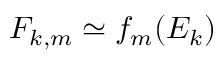
F _ { k , m } \simeq f _ { m } ( E _ { k } )